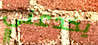
يخدعني